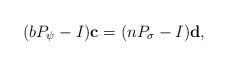
LaTeX: \begin{align*}(b P_\psi-I)\textbf{c} = (nP_\sigma-I) \textbf{d},\end{align*}